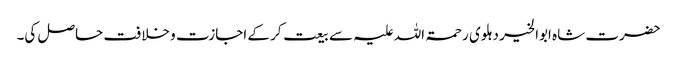
حضرت شاہ ابوالخیر دہلوی رحمۃ اللہ علیہ سے بیعت کر کے اجازت و خلافت حاصل کی۔